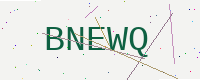
Text: BNEWQ